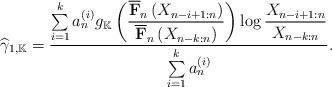
LaTeX: \begin{align*}\widehat{\gamma }_{1,\mathbb{K}}=\frac{\sum\limits_{i=1}^{k}a_{n}^{\left(i\right) }g_{\mathbb{K}}\left( \dfrac{\overline{\mathbf{F}}_{n}\left(X_{n-i+1:n}\right) }{\overline{\mathbf{F}}_{n}\left( X_{n-k:n}\right) }\right) \log \dfrac{X_{n-i+1:n}}{X_{n-k:n}}}{\sum\limits_{i=1}^{k}a_{n}^{\left( i\right) }}. \end{align*}